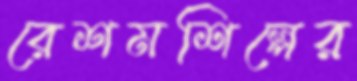
রেশমশিল্পের